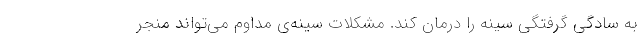
به سادگی گرفتگی سینه را درمان کند. مشکلات سینه‌ی مداوم می‌تواند منجر